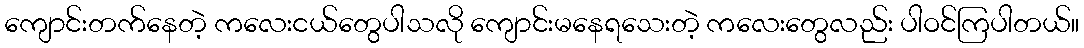
ကျောင်းတက်နေတဲ့ ကလေးငယ်တွေပါသလို ကျောင်းမနေရသေးတဲ့ ကလေးတွေလည်း ပါဝင်ကြပါတယ်။